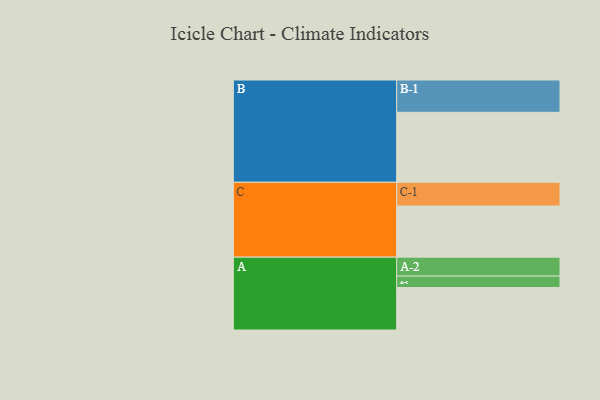
{"axis": {"x": "Segment", "y": "Value"}, "legend": ["", "A", "B", "C"], "data": [{"x": "A", "y": 352, "type": ""}, {"x": "B", "y": 580, "type": ""}, {"x": "C", "y": 424, "type": ""}, {"x": "A-1", "y": 95, "type": "A"}, {"x": "A-2", "y": 157, "type": "A"}, {"x": "B-1", "y": 268, "type": "B"}, {"x": "C-1", "y": 197, "type": "C"}]}